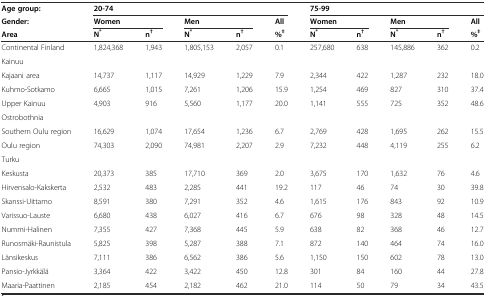
<table><thead><tr><td><b>Age group:</b></td><td colspan="5"><b>20-74</b></td><td colspan="5"><b>75-99</b></td></tr><tr><td><b>Gender:</b></td><td colspan="2"><b>Women</b></td><td colspan="2"><b>Men</b></td><td><b>All</b></td><td colspan="2"><b>Women</b></td><td colspan="2"><b>Men</b></td><td><b>All</b></td></tr><tr><td><b>Area</b></td><td><b>N<sup>*</sup></b></td><td><b>n<sup>†</sup></b></td><td><b>N<sup>*</sup></b></td><td><b>n<sup>†</sup></b></td><td><b>%<sup>‡</sup></b></td><td><b>N<sup>*</sup></b></td><td><b>n<sup>†</sup></b></td><td><b>N<sup>*</sup></b></td><td><b>n<sup>†</sup></b></td><td><b>%<sup>‡</sup></b></td></tr></thead><tbody><tr><td>Continental Finland</td><td>1,824,368</td><td>1,943</td><td>1,805,153</td><td>2,057</td><td>0.1</td><td>257,680</td><td>638</td><td>145,886</td><td>362</td><td>0.2</td></tr><tr><td>Kainuu</td><td></td><td></td><td></td><td></td><td></td><td></td><td></td><td></td><td></td><td></td></tr><tr><td>Kajaani area</td><td>14,737</td><td>1,117</td><td>14,929</td><td>1,229</td><td>7.9</td><td>2,344</td><td>422</td><td>1,287</td><td>232</td><td>18.0</td></tr><tr><td>Kuhmo-Sotkamo</td><td>6,665</td><td>1,015</td><td>7,261</td><td>1,206</td><td>15.9</td><td>1,254</td><td>469</td><td>827</td><td>310</td><td>37.4</td></tr><tr><td>Upper Kainuu</td><td>4,903</td><td>916</td><td>5,560</td><td>1,177</td><td>20.0</td><td>1,141</td><td>555</td><td>725</td><td>352</td><td>48.6</td></tr><tr><td>Ostrobothnia</td><td></td><td></td><td></td><td></td><td></td><td></td><td></td><td></td><td></td><td></td></tr><tr><td>Southern Oulu region</td><td>16,629</td><td>1,074</td><td>17,654</td><td>1,236</td><td>6.7</td><td>2,769</td><td>428</td><td>1,695</td><td>262</td><td>15.5</td></tr><tr><td>Oulu region</td><td>74,303</td><td>2,090</td><td>74,981</td><td>2,207</td><td>2.9</td><td>7,232</td><td>448</td><td>4,119</td><td>255</td><td>6.2</td></tr><tr><td>Turku</td><td></td><td></td><td></td><td></td><td></td><td></td><td></td><td></td><td></td><td></td></tr><tr><td>Keskusta</td><td>20,373</td><td>385</td><td>17,710</td><td>369</td><td>2.0</td><td>3,675</td><td>170</td><td>1,632</td><td>76</td><td>4.6</td></tr><tr><td>Hirvensalo-Kakskerta</td><td>2,532</td><td>483</td><td>2,285</td><td>441</td><td>19.2</td><td>117</td><td>46</td><td>74</td><td>30</td><td>39.8</td></tr><tr><td>Skanssi-Uittamo</td><td>8,591</td><td>380</td><td>7,291</td><td>352</td><td>4.6</td><td>1,615</td><td>176</td><td>843</td><td>92</td><td>10.9</td></tr><tr><td>Varissuo-Lauste</td><td>6,680</td><td>438</td><td>6,027</td><td>416</td><td>6.7</td><td>676</td><td>98</td><td>328</td><td>48</td><td>14.5</td></tr><tr><td>Nummi-Halinen</td><td>7,355</td><td>427</td><td>7,368</td><td>445</td><td>5.9</td><td>638</td><td>82</td><td>368</td><td>46</td><td>12.7</td></tr><tr><td>Runosmäki-Raunistula</td><td>5,825</td><td>398</td><td>5,287</td><td>388</td><td>7.1</td><td>872</td><td>140</td><td>464</td><td>74</td><td>16.0</td></tr><tr><td>Länsikeskus</td><td>7,111</td><td>386</td><td>6,562</td><td>386</td><td>5.6</td><td>1,150</td><td>150</td><td>602</td><td>78</td><td>13.0</td></tr><tr><td>Pansio-Jyrkkälä</td><td>3,364</td><td>422</td><td>3,422</td><td>450</td><td>12.8</td><td>301</td><td>84</td><td>160</td><td>44</td><td>27.8</td></tr><tr><td>Maaria-Paattinen</td><td>2,185</td><td>454</td><td>2,182</td><td>462</td><td>21.0</td><td>114</td><td>50</td><td>79</td><td>34</td><td>43.5</td></tr></tbody></table>